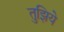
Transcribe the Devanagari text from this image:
तुझिये